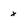
Character: x